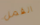
القمل